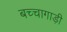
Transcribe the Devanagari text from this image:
बच्चागाड़ी